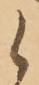
候